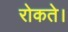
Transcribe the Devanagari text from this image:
रोकते।